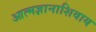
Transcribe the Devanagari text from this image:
आत्मज्ञानाशिवाय